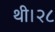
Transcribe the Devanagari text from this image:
थी।२८